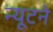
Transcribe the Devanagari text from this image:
न्यूटने